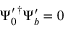
\begin{array} { r } { \Psi _ { 0 } ^ { \prime \, \dagger } \Psi _ { b } ^ { \prime } = 0 } \end{array}